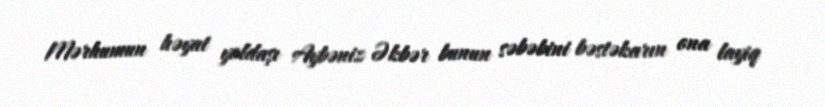
Mərhumun həyat yoldaşı Aybəniz Əkbər bunun səbəbini bəstəkarın ona layiq